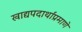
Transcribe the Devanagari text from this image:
खाद्यपदार्थांप्रमाणे